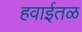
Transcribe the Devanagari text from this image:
हवाईतळ